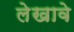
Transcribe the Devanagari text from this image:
लेखावे